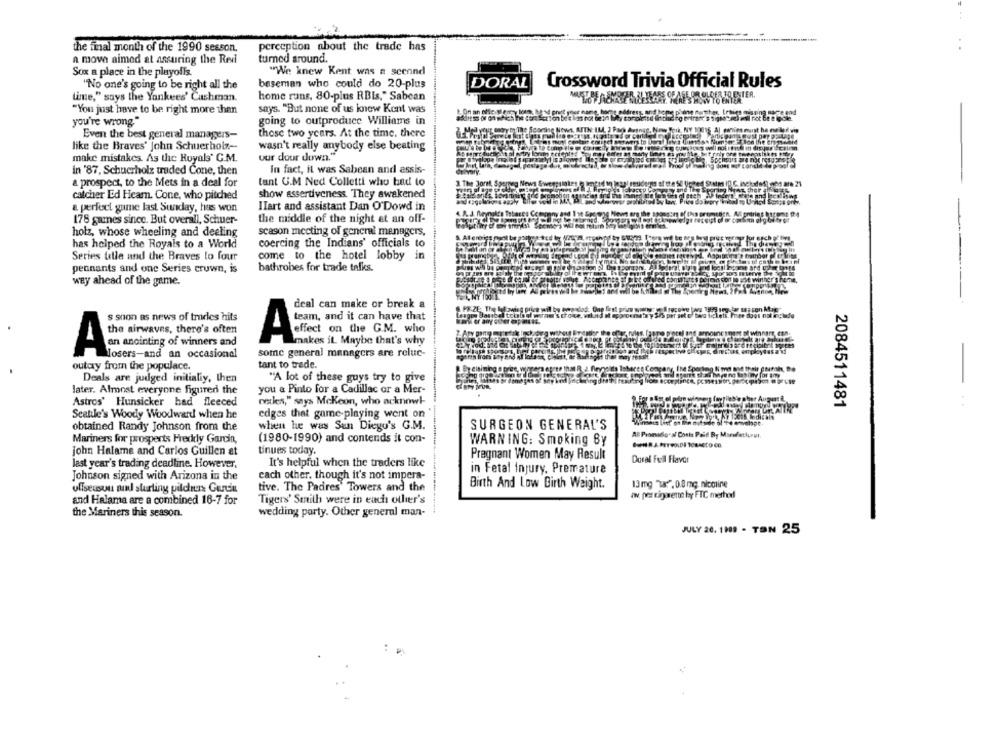
the final month of the 1990 sesson.
perception about the trade has
a move aimed at assuring the Red
turned around.
Sox a place in the playoffs.
"We knew Kent was a scennd
"No one's going to be right all the
beseman who could do 20-plus
DORAL
Crossword Trivia Official Rules
lime," says the Yankees' Cushman.
home runs, 80-plus RBIs," Sabean
DER TRESTER.
"You just have to be right more than
says. "But none of us know Kent was
adiit'ss of on which the con Sortion be's las not be
you're wrong."
going to outproduce Williams in
those two years. At the time, there
Even the best general managers-
like the Braves' John Schuerholz-
wasn't really anybody else beating
uur dour down."
make mistakes. As the Royals' G.M.
in '87. Schucrholz traded Cone, then
In fact, it was Sabean and assis-
a prospect, to the Mets in a deal for
tant G.M Ned Colletti who had to
show assertiveness. They awakened
catcher Ed Heam. Cone, who pitched
a perfect game last Sunday, hus won
HIart and assistant Dan O'Dowd in
178 games since. But overall, Schuer-
the middle of the night at an off-
holz, whose wheeling and deeling
scason meeting of general managers,
has helped the Royals to a World
coercing the Indians' officials to
Series title and the Braves lo four
come to the hotel lobby in
bathrobes for trade talks.
pennants and one Series crown, is
way ahead of the game.
deal can make or break a
s soon as news of trades hits
as not include
the airwaves, there's often
effect on the G.M. who
A and it can have that
makes it. Maybe that's why
A =siting of winnersand
losers-and an occasional
some general managers are reluc-
tant to trade.
outcry from the populace.
Deals are judged initialiy, then
"A lot of these guys try to give
later. Almost everyone figured the
you a Pinto for a Cadillac or a Mer-
netles," says Mckeon, who acknowt-
Astros' Hunsicker had fleeced
2084511481
Seattle's Woody Woodward when he
edges that game-playing went on
obtained Randy Johnson from the
when he was San Diego's G.M.
SURGEON GENERAL'S
All Pronador al Costs Paid By Mareffetlueur.
Mariners for prosperts Freddy Garcia,
(1980-1990) and contends it con-
WARNING: Smoking By
john Halame and Carlos Guillen at
tinues today.
Pregnant Women May Result
Duval Fell Flavor
last year's trading deadline. However,
It's helpful when the traders like
cach other, though it's not impera-
in Fetal injury. Premature
Johnson signed with Arizona in the
offseason and starting pilcher Gurin
tive. The Padres' Towers and the
Birth And Low Birth Weight.
13 mg Tar", 0.8 mg nicotine
aw, per cigarette by FTC method
and Halama are a combined 16-7 for
Tigers' Smith were in each other's
the Mariners this season.
wedding party. Other general man-
JULY 26. 1199 - TON 25